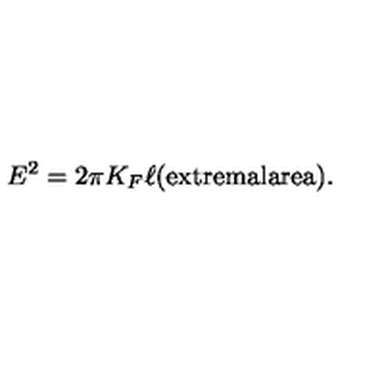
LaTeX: E ^ { 2 } = 2 \pi K _ { F } \ell \mathrm { ( e x t r e m a l a r e a ) } .